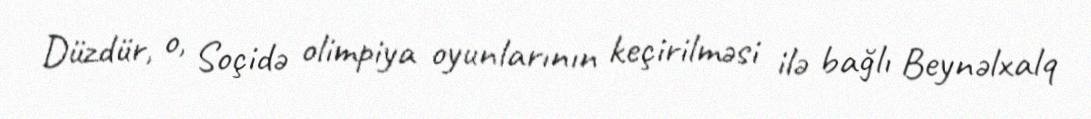
Düzdür, o, Soçidə olimpiya oyunlarının keçirilməsi ilə bağlı Beynəlxalq